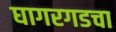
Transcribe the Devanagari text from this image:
घागरगडचा